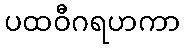
ပထဝီဂရဟကာ